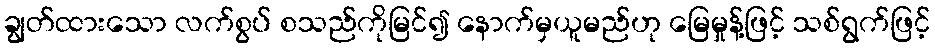
ချွတ်ထားသော လက်စွပ် စသည်ကိုမြင်၍ နောက်မှယူမည်ဟု မြေမှုန့်ဖြင့် သစ်ရွက်ဖြင့်